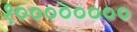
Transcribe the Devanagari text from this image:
१००००००००